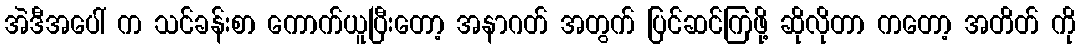
အဲဒီအပေါ် က သင်ခန်းစာ ကောက်ယူပြီးတော့ အနာဂတ် အတွက် ပြင်ဆင်ကြဖို့ ဆိုလိုတာ ကတော့ အတိတ် ကို